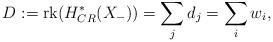
LaTeX: \begin{align*}D:=\mathrm{rk}(H_{CR}^*(X_-))=\sum_j d_j=\sum_i w_i,\end{align*}